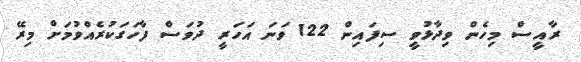
ރާއީސް މިހެން ވިދާޅުވީ ސިފައިން 122 ވަނަ އަހަރީ ދުވަސް ފާހަގަކުރެއްވުމަށް މިރޭ